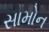
સામોન